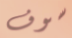
سوف